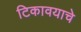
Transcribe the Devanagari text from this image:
टिकावयाचे